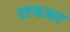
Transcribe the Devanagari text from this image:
एएफआर